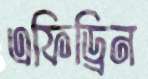
এফিড্রিন